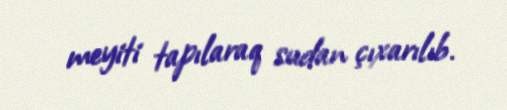
meyiti tapılaraq sudan çıxarılıb.